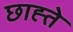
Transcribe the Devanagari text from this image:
छाह्ते